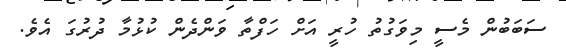
ސަބަބުން މެސީ މިވަގުތު ހުރީ އަށް ހަފްތާ ވަންދެން ކުޅުމާ ދުރުގަ އެވެ.